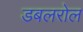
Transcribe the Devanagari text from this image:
डबलरोल